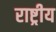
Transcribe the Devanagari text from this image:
राष्ट्रीय